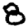
Digit: 8